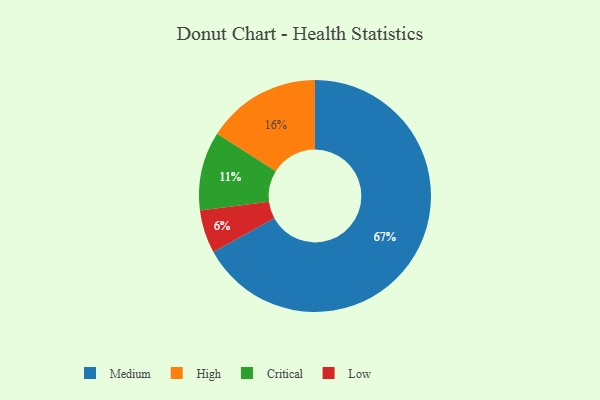
{"axis": {"x": "Category", "y": "Percentage"}, "legend": ["Critical", "High", "Low", "Medium"], "data": [{"x": "High", "y": 16, "type": "High"}, {"x": "Critical", "y": 11, "type": "Critical"}, {"x": "Medium", "y": 67, "type": "Medium"}, {"x": "Low", "y": 6, "type": "Low"}]}